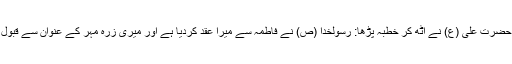
اس کے بعد حضرت علی (ع) نے اٹھ کر خطبہ پڑھا: رسولخدا (ص) نے فاطمہ سے میرا عقد کردیا ہے اور میری زرہ مہر کے عنوان سے قبول فرمائی ہے۔